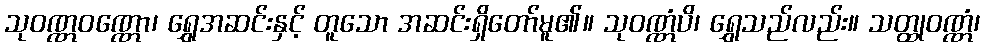
သုဝဏ္ဏဝဏ္ဏော၊ ရွှေအဆင်းနှင့် တူသော အဆင်းရှိတော်မူ၏။ သုဝဏ္ဏံပိ၊ ရွှေသည်လည်း။ သတ္ထုဝဏ္ဏံ၊